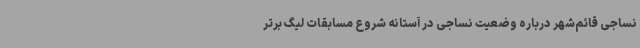
نساجی قائم‌شهر درباره وضعیت نساجی در آستانه شروع مسابقات لیگ برتر